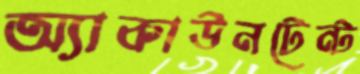
অ্যাকাউনটেন্ট